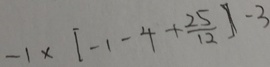
- 1 \times [ - 1 - 4 + \frac { 2 5 } { 1 2 } ] - 3